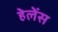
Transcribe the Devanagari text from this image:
हेलेंस